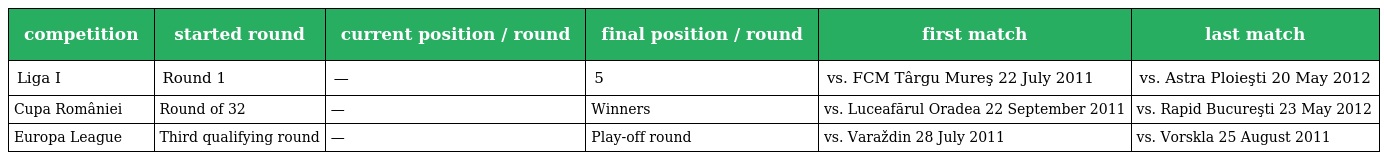
| competition | started round | current position / round | final position / round | first match | last match |
 | --- | --- | --- | --- | --- | --- |
 | Liga I | Round 1 | — | 5 | vs. FCM Târgu Mureş 22 July 2011 | vs. Astra Ploieşti 20 May 2012 |
 | Cupa României | Round of 32 | — | Winners | vs. Luceafărul Oradea 22 September 2011 | vs. Rapid Bucureşti 23 May 2012 |
 | Europa League | Third qualifying round | — | Play-off round | vs. Varaždin 28 July 2011 | vs. Vorskla 25 August 2011 |